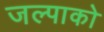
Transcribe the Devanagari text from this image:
जल्पाको